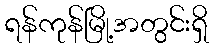
ရန်ကုန်မြို့အတွင်းရှိ